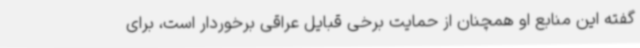
گفته این منابع او همچنان از حمایت برخی قبایل عراقی برخوردار است، برای